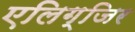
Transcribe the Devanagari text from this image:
एलिग्जिर